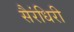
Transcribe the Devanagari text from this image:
सैरंधिरी